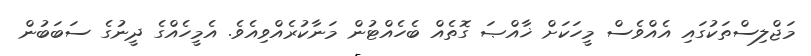
މަޖްލިސްތަކުގައި އެއްވެސް މީހަކަށް ޚާއްޞަ ގޮތެއް ބެހެއްޓުން މަނާކުރެއްވިއެވެ. އެމީހެއްގެ ދީނުގެ ސަބަބުން